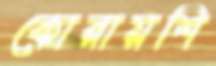
কোরায়শি